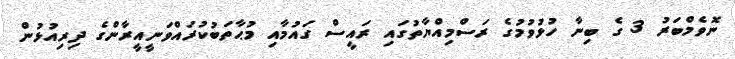
ނޮވެމްބަރު 3 ގެ ބިނާ ހުޅުވުމުގެ ރަސްމިއްޔާތުގައި ރައީސް ގައުމާއި މުޙާތަބުކުރައްވަނީއީރާންގެ ދިރިއުޅުން